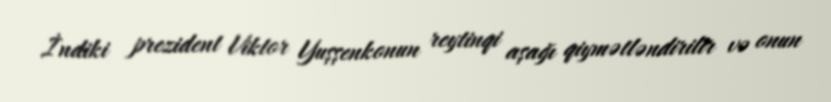
İndiki prezident Viktor Yuşşenkonun reytinqi aşağı qiymətləndirilir və onun